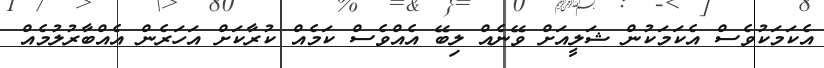
އެކަމަކުވެސް އެކަމަކުން ޝަލީއަށް ވޭނެއް ލިބޭ އެއްވެސް ކަމެއް ކުރާކަށް އަހަރެން އެއްބާރުލުމެއް